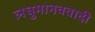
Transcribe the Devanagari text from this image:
लघुमानववादी